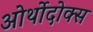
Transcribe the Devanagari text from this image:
ओर्थोदोक्स